Indian journal of veterinary science and animal husbandry - Volumes 15-17, 1948-1951
Year: 1948
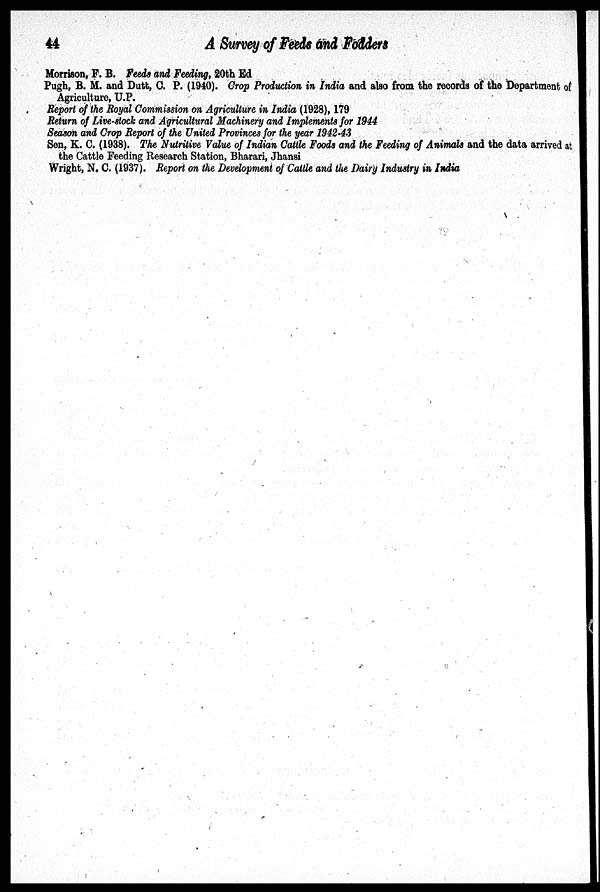
44
A Survey of Feeds and Fodders
Morrison, F. B. Feeds and Feeding, 20th Ed
Pugh, B. M. and Dutt, C. P. (1940). Crop Production in India and also from the records of the Department of
Agriculture, U.P.
Report of the Royal Commission on Agriculture in India (1928), 179
Return of Live-stock and Agricultural Machinery and Implements for 1944
Season and Crop Report of the United Provinces for the year 1942-43
Sen, K. C. (1938). The Nutritive Value of Indian Cattle Foods and the Feeding of Animals and the data arrived at
the Cattle Feeding Research Station, Bharari, Jhansi
Wright, N. C. (1937). Report on the Development of Cattle and the Dairy Industry in India